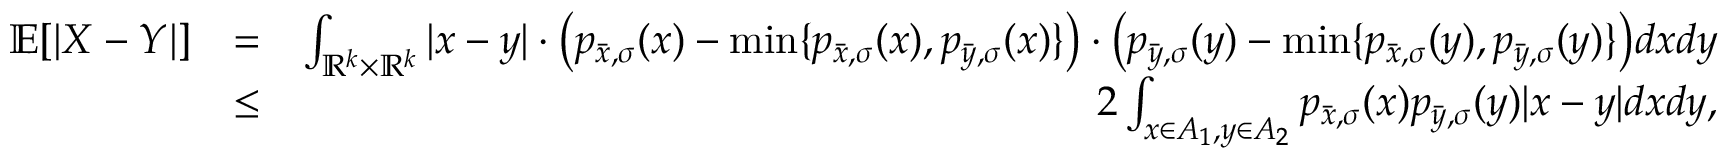
\begin{array} { r l r } { \mathbb { E } [ | X - Y | ] } & { = } & { \int _ { \mathbb { R } ^ { k } \times \mathbb { R } ^ { k } } | x - y | \cdot \big ( p _ { \bar { x } , \sigma } ( x ) - \operatorname* { m i n } \{ p _ { \bar { x } , \sigma } ( x ) , p _ { \bar { y } , \sigma } ( x ) \} \big ) \cdot \big ( p _ { \bar { y } , \sigma } ( y ) - \operatorname* { m i n } \{ p _ { \bar { x } , \sigma } ( y ) , p _ { \bar { y } , \sigma } ( y ) \} \big ) d x d y } \\ & { \le } & { 2 \int _ { x \in A _ { 1 } , y \in A _ { 2 } } p _ { \bar { x } , \sigma } ( x ) p _ { \bar { y } , \sigma } ( y ) | x - y | d x d y , } \end{array}